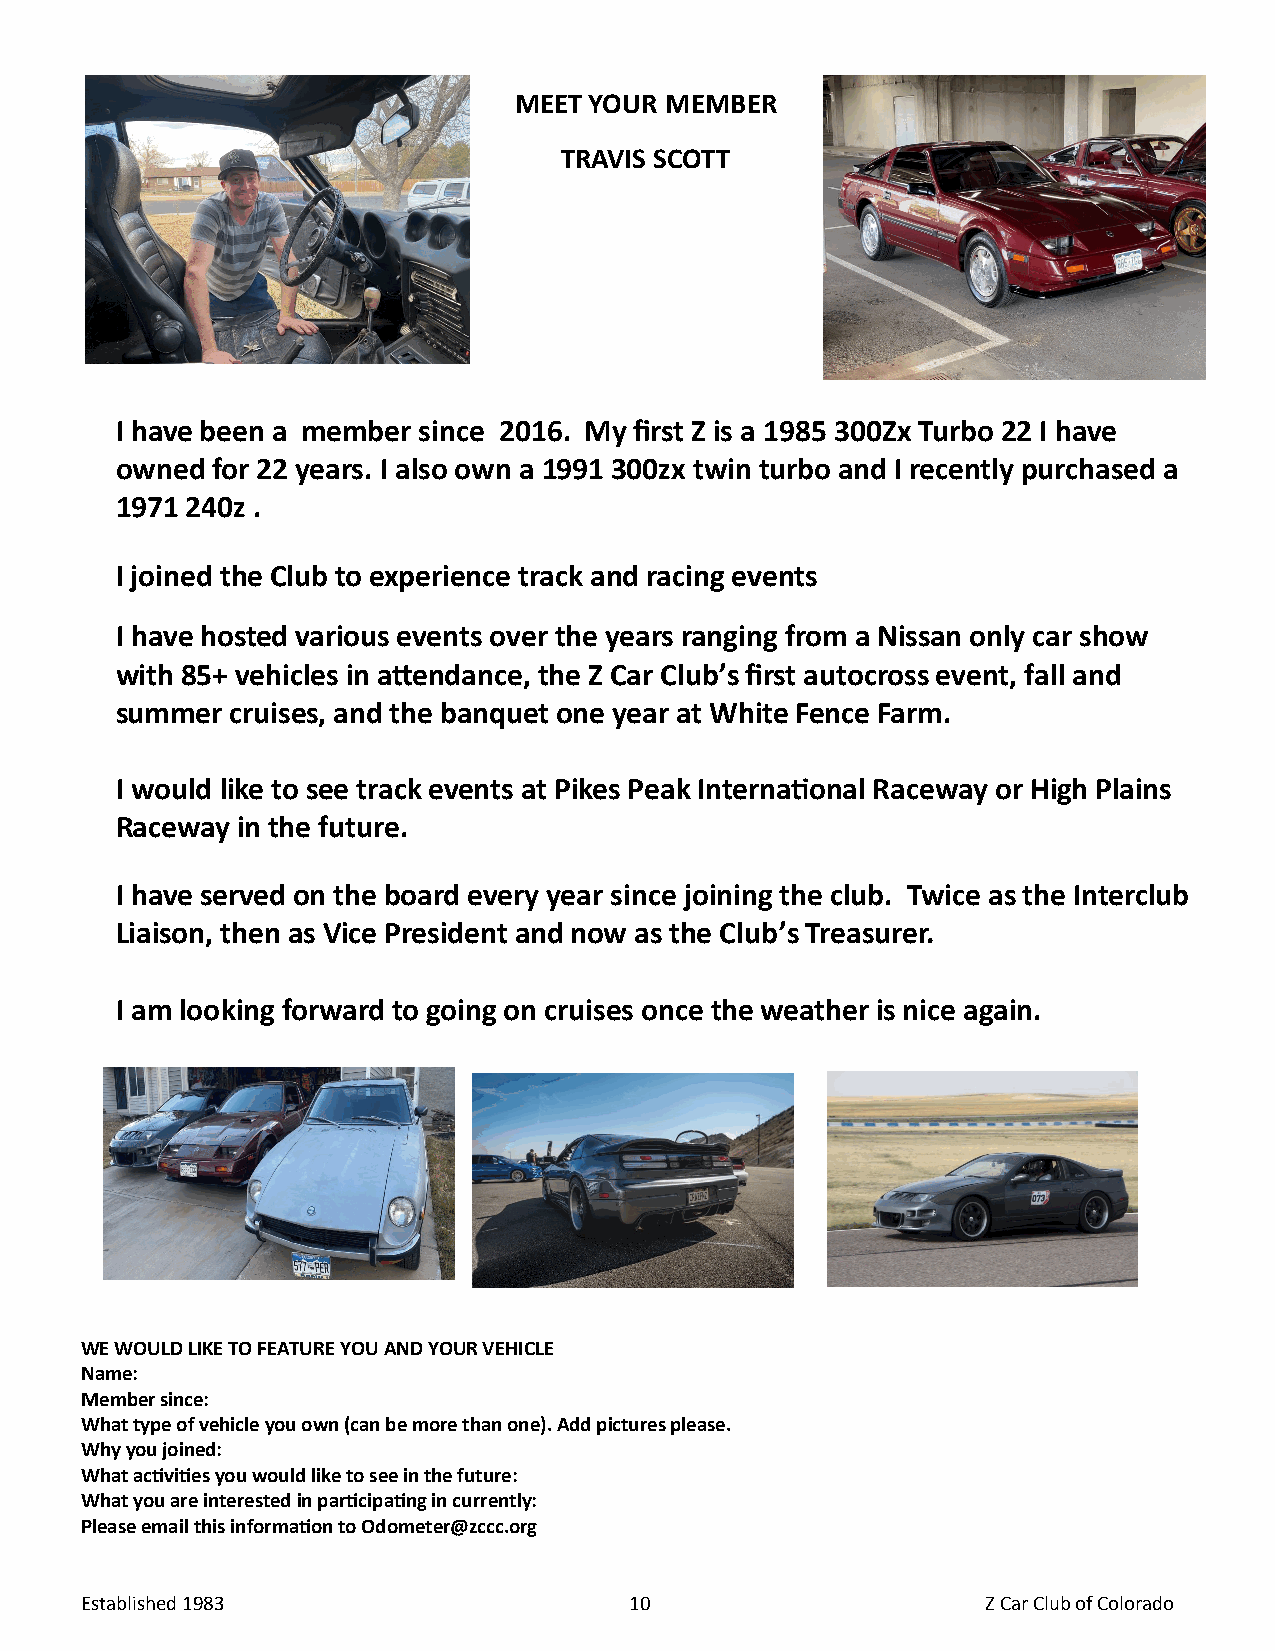
MEET YOUR MEMBER
 TRAVIS SCOTT
 I have been a member since 2016. My first Z is a 1985 300Zx Turbo 22 I have
 owned for 22 years. I also own a 1991 300zx twin turbo and I recently purchased a
 1971 240z .
 I joined the Club to experience track and racing events
 I have hosted various events over the years ranging from a Nissan only car show
 with 85+ vehicles in attendance, the Z Car Club’s first autocross event, fall and
 summer cruises, and the banquet one year at White Fence Farm.
 I would like to see track events at Pikes Peak International Raceway or High Plains
 Raceway in the future.
 I have served on the board every year since joining the club. Twice as the Interclub
 Liaison, then as Vice President and now as the Club’s Treasurer.
 I am looking forward to going on cruises once the weather is nice again.
 WE WOULD LIKE TO FEATURE YOU AND YOUR VEHICLE
 Name:
 Member since:
 What type of vehicle you own (can be more than one). Add pictures please.
 Why you joined:
 What activities you would like to see in the future:
 What you are interested in participating in currently:
 Please email this information to Odometer@zccc.org
 Established 1983                     10                     Z Car Club of Colorado